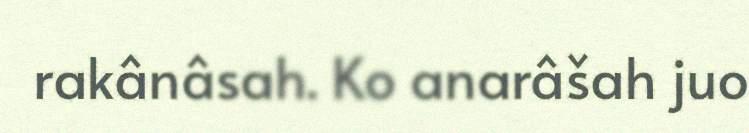
rakânâsah. Ko anarâšah juo